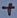
Text: +